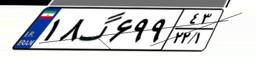
۲۳گ۱۲۸۴۳